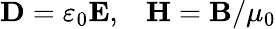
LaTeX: \mathbf{D}=\varepsilon_{0}\mathbf{E},\; \; \; \mathbf{H}=\mathbf{B}/\mu_{0}